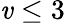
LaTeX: \mathit{v}\leq3